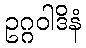
ဥဂ္ဂဝါဒိနံ